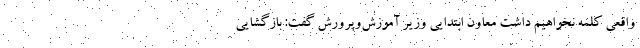
واقعی کلمه نخواهیم داشت معاون ابتدایی وزیر آموزش‌وپرورش گفت: بازگشایی